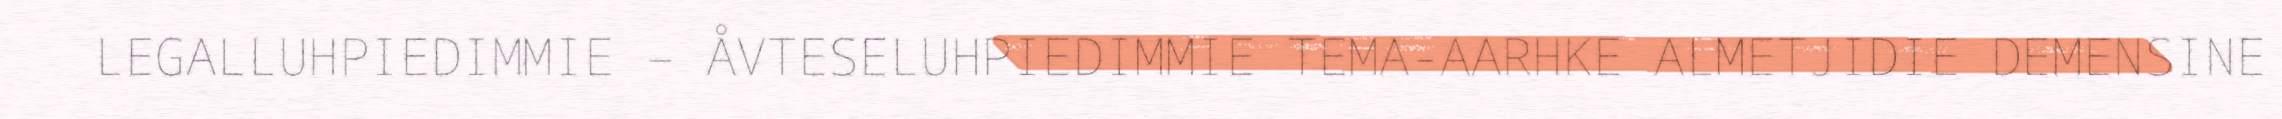
LEGALLUHPIEDIMMIE – ÅVTESELUHPIEDIMMIE TEMA-AARHKE ALMETJIDIE DEMENSINE